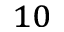
^ { 1 0 }